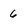
Character: 6